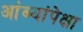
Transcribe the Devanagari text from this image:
आंब्यांपेक्षा